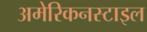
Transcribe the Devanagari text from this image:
अमेरिकनस्टाइल